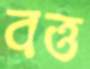
বত্ত